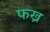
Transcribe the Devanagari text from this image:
फख्र